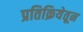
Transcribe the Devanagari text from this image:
प्रतिक्रियेतून